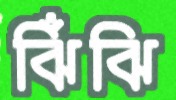
ঝিঁঝি